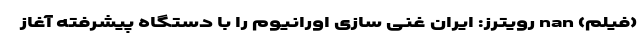
(فیلم) nan رویترز: ایران غنی سازی اورانیوم را با دستگاه پیشرفته آغاز